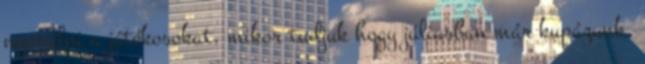
nyaralni a játékosokat, mikor tudjuk hogy júliusban már kupázunk,